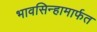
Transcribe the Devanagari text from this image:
भावसिन्हामार्फत